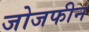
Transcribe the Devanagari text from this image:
जोजफीन